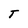
Character: T